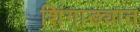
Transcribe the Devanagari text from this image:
शिंगाड्यात